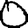
Digit: 0